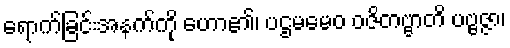
ရောက်ခြင်းအနက်ကို ဟော၏၊ ပဌမမေဝ ဝဇိတဗ္ဗာတိ ပဗ္ဗဇ္ဇာ၊